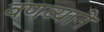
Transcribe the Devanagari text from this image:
वणव्याने